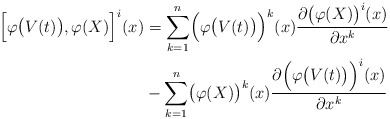
\begin{align*} \Bigl[\varphi\bigl(V(t)\bigr),\varphi(X)\Bigr]^i(x) &=\sum_{k=1}^n\Bigl(\varphi\bigl(V(t)\bigr)\Bigr)^k(x) \frac{\partial \bigl(\varphi(X)\bigr)^i(x)}{\partial x^k}\\ &-\sum_{k=1}^n\bigl(\varphi(X)\bigr)^k(x) \frac{\partial \Bigl(\varphi\bigl(V(t)\bigr)\Bigr)^i(x)}{\partial x^k} \end{align*}